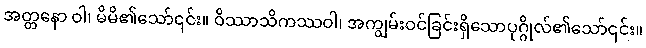
အတ္တနော ဝါ၊ မိမိ၏သော်၎င်း။ ဝိဿာသိကဿဝါ၊ အကျွမ်းဝင်ခြင်းရှိသောပုဂ္ဂိုလ်၏သော်၎င်း။